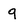
Character: q